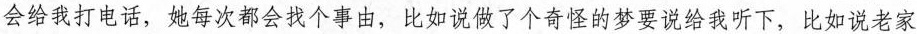
会给我打电话，她每次都会找个事由，比如说做了个奇怪的梦要说给我听下，比如说老家